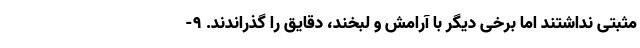
مثبتی نداشتند اما برخی دیگر با آرامش و لبخند، دقایق را گذراندند. ٩-